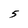
Character: 5